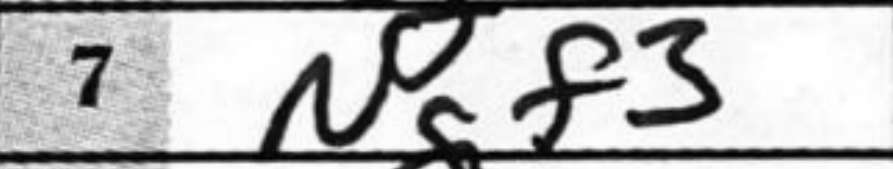
Transcription: Ngf3